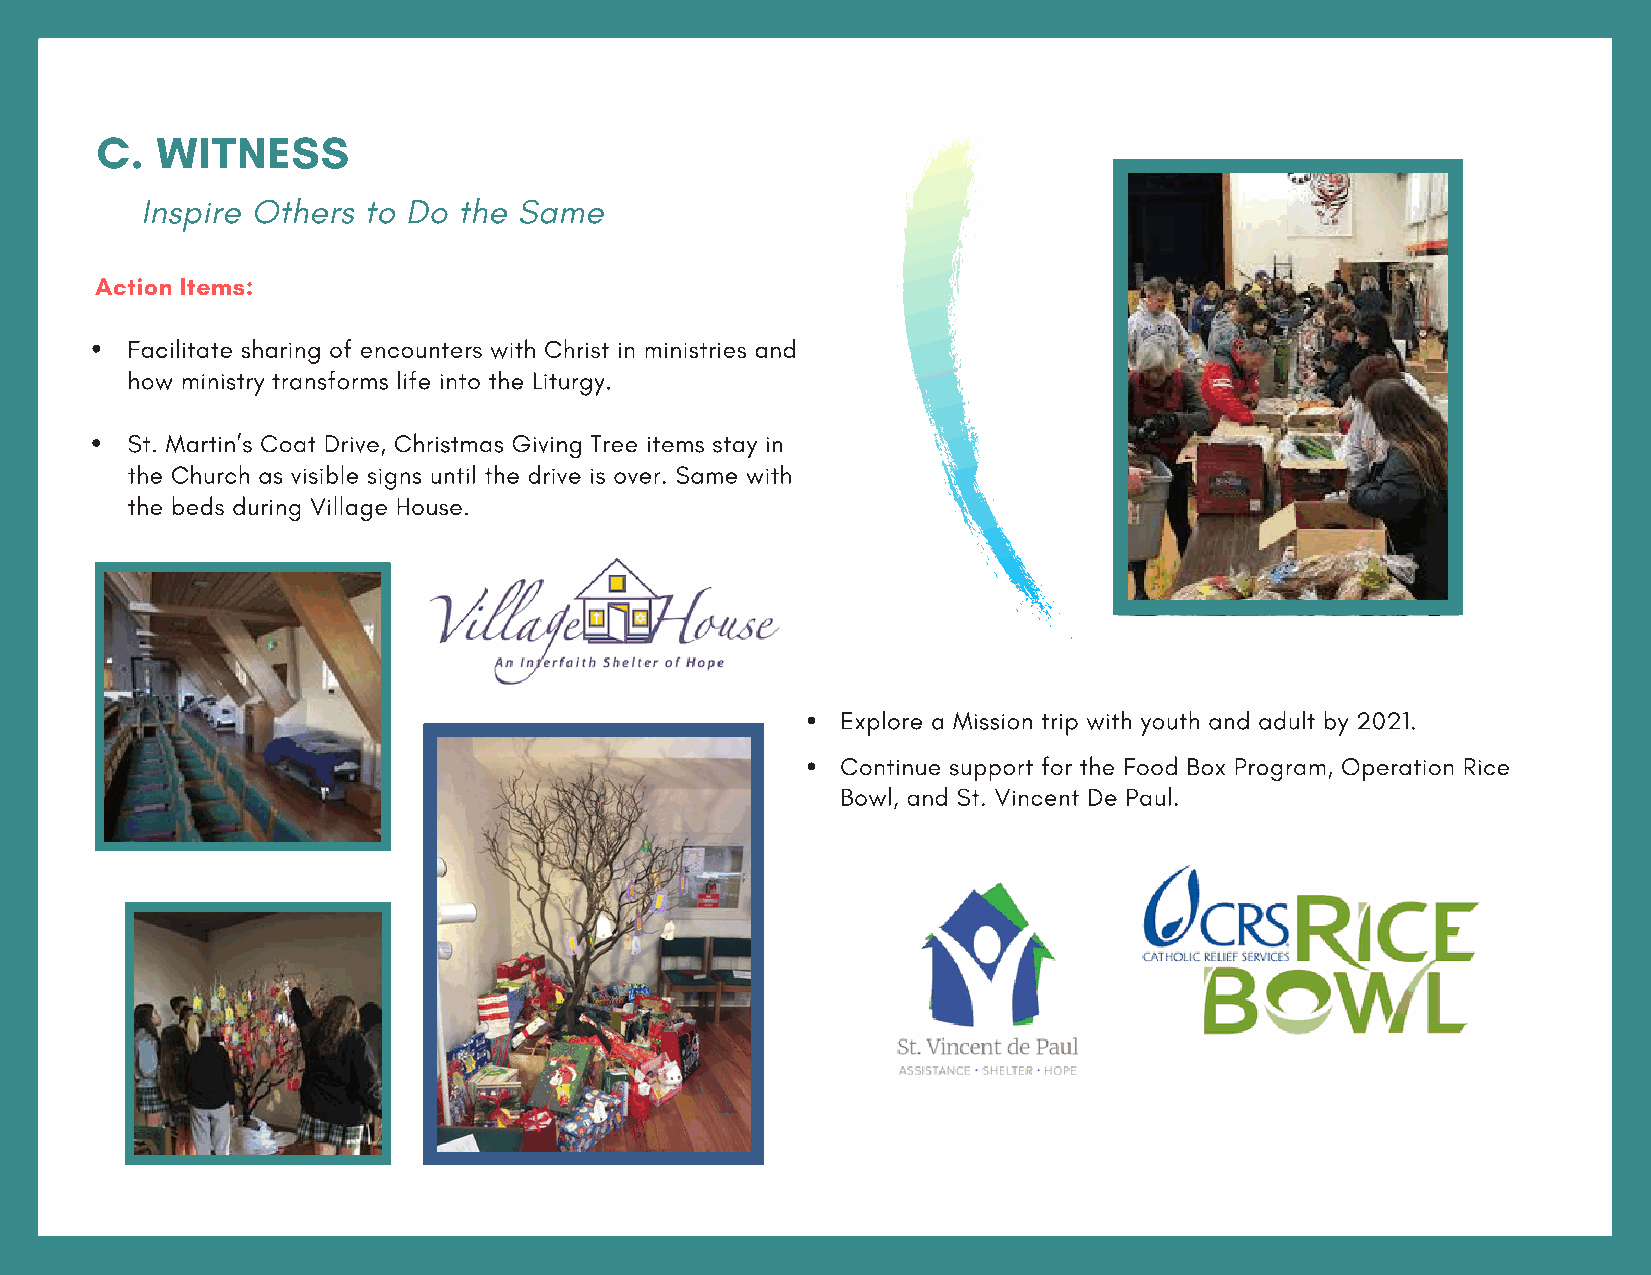
C.  WITNESS
 Inspire Others to Do the Same
 Action Items:
 Facilitate sharing of encounters with Christ in ministries and
 how ministry transforms life into the Liturgy.
 St. Martin’s Coat Drive, Christmas Giving Tree items stay in
 the Church as visible signs until the drive is over. Same with
 the beds during Village House.
 Explore a Mission trip with youth and adult by 2021.
 Continue support for the Food Box Program, Operation Rice
 Bowl, and St. Vincent De Paul.